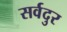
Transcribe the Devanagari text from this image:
सर्वदुर